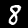
Digit: 8